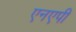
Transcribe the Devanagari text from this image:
एनएपी